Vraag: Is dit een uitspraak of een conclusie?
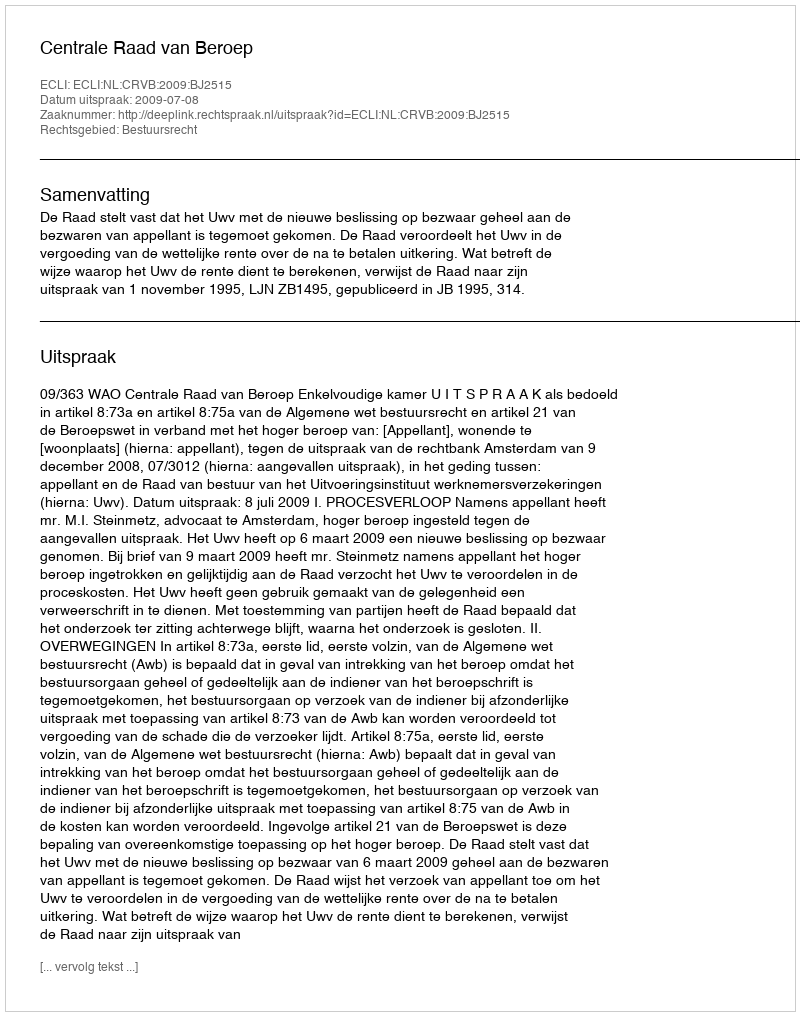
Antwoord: Uitspraak